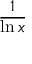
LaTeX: \frac { 1 } { \ln x }